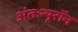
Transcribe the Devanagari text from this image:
अंतःन्यूरॉन